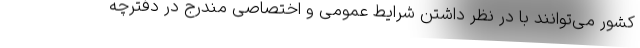
کشور می‌توانند با در نظر داشتن شرایط عمومی و اختصاصی مندرج در دفترچه